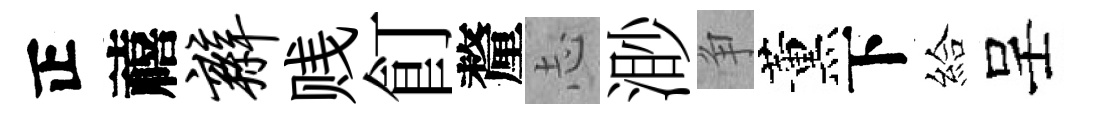
正禧辫贱飣釐𢖽渺争薰下給呈